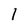
Character: 1